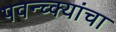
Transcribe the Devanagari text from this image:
पवन्च्क्यांचा